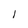
Character: 1